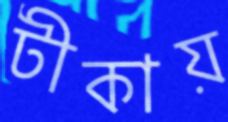
টীকায়